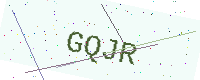
Text: GQJR